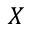
{ \ensuremath \boldsymbol { X } }